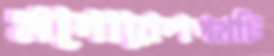
মনোরেলপথটি